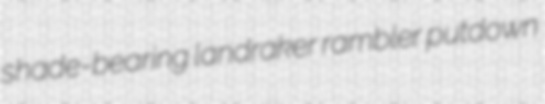
shade-bearing landraker rambler putdown